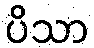
ပိသာ